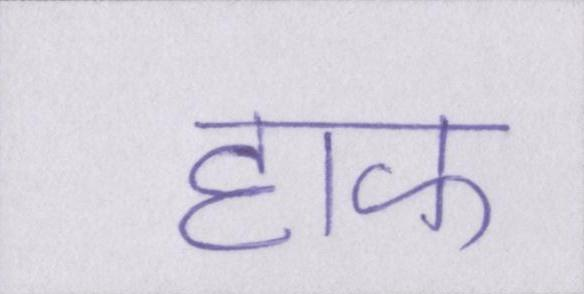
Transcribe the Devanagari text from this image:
हाफ